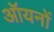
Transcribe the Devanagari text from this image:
ऑयनों